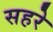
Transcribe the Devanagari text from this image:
सहरे